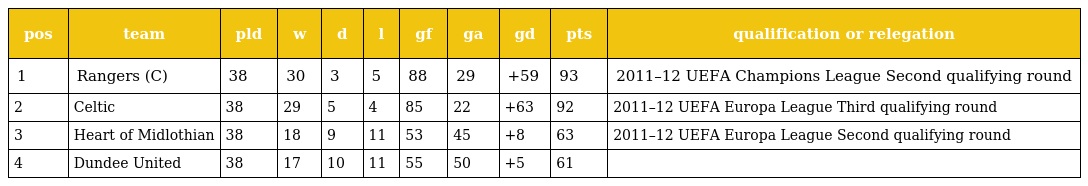
| pos | team | pld | w | d | l | gf | ga | gd | pts | qualification or relegation |
 | --- | --- | --- | --- | --- | --- | --- | --- | --- | --- | --- |
 | 1 | Rangers (C) | 38 | 30 | 3 | 5 | 88 | 29 | +59 | 93 | 2011–12 UEFA Champions League Second qualifying round |
 | 2 | Celtic | 38 | 29 | 5 | 4 | 85 | 22 | +63 | 92 | 2011–12 UEFA Europa League Third qualifying round |
 | 3 | Heart of Midlothian | 38 | 18 | 9 | 11 | 53 | 45 | +8 | 63 | 2011–12 UEFA Europa League Second qualifying round |
 | 4 | Dundee United | 38 | 17 | 10 | 11 | 55 | 50 | +5 | 61 |  |